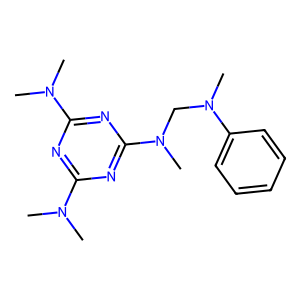
SMILES: CN(C)c1nc(N(C)C)nc(N(C)CN(C)c2ccccc2)n1
Inhibits HIV replication: No